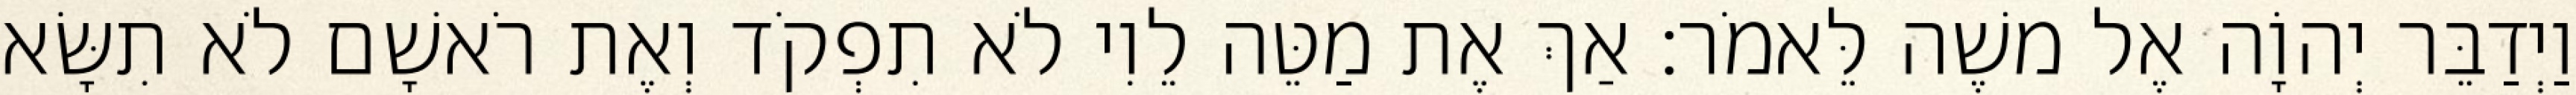
וַיְדַבֵּר יְהוָֹה אֶל משֶׁה לֵּאמֹר׃ אַךְ אֶת מַטֵּה לֵוִי לֹא תִפְקֹד וְאֶת רֹאשָׁם לֹא תִשָּׂא